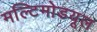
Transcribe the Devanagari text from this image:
मल्टिमोडयूल